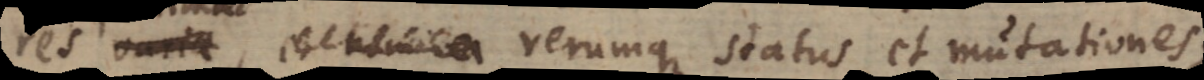
et nomina, rerumque status et mutationes,